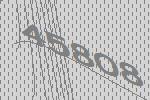
45808